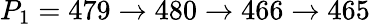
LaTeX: P_{1}=479\to 480\to 466\to 465